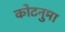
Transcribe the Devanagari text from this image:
कोटनुमा